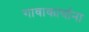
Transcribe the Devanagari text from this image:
गावाकार्याना